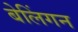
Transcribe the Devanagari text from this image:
बेलिंगन